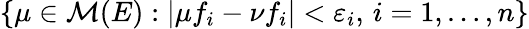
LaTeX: \left\{ \mu\in{\mathcal{M}}(E):\left|\mu f_{i}-\nu f_{i}\right|<\varepsilon_{i},\, i=1,\ldots,n\right\}